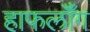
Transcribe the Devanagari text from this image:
हाफलॉँग